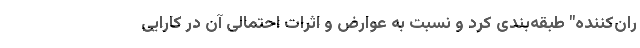
ران‌کننده" طبقه‌بندی کرد و نسبت به عوارض و اثرات احتمالی آن در کارایی